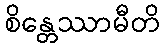
စိန္တေဿာမီတိ